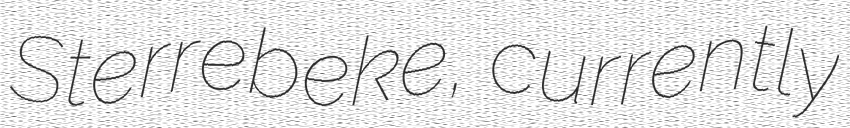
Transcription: Sterrebeke, currently